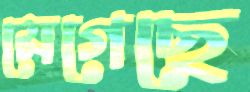
মেগেছে